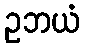
ဥဘယံ